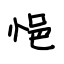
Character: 悒